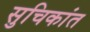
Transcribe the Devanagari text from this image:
सुचिकांत